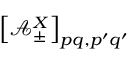
\left[ \mathcal { A } _ { \pm } ^ { X } \right] _ { p q , p ^ { \prime } q ^ { \prime } }